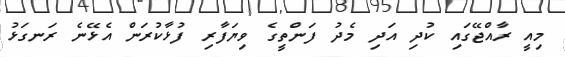
މިއީ ރާއްޖޭގައި ކުދި އަދި މެދު ފަންތީގެ ވިޔަފާރި ފުޅާކުރަން އެޅޭނެ ރަނގަޅު